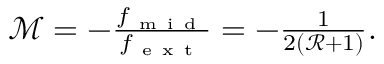
\begin{array} { r } { \mathcal { M } = - \frac { f _ { \mathrm { ~ m ~ i ~ d ~ } } } { f _ { \mathrm { ~ e ~ x ~ t ~ } } } = - \frac { 1 } { 2 ( \mathcal { R } + 1 ) } . } \end{array}